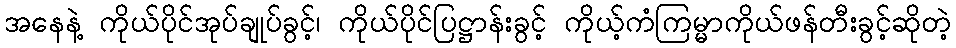
အနေနဲ့ ကိုယ်ပိုင်အုပ်ချုပ်ခွင့်၊ ကိုယ်ပိုင်ပြဋ္ဌာန်းခွင့် ကိုယ့်ကံကြမ္မာကိုယ်ဖန်တီးခွင့်ဆိုတဲ့